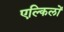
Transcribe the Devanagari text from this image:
एल्किलों